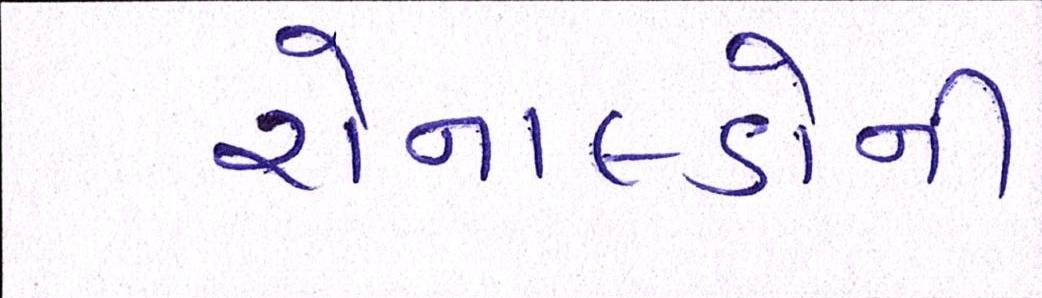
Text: રોનાલ્ડોની